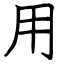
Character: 用